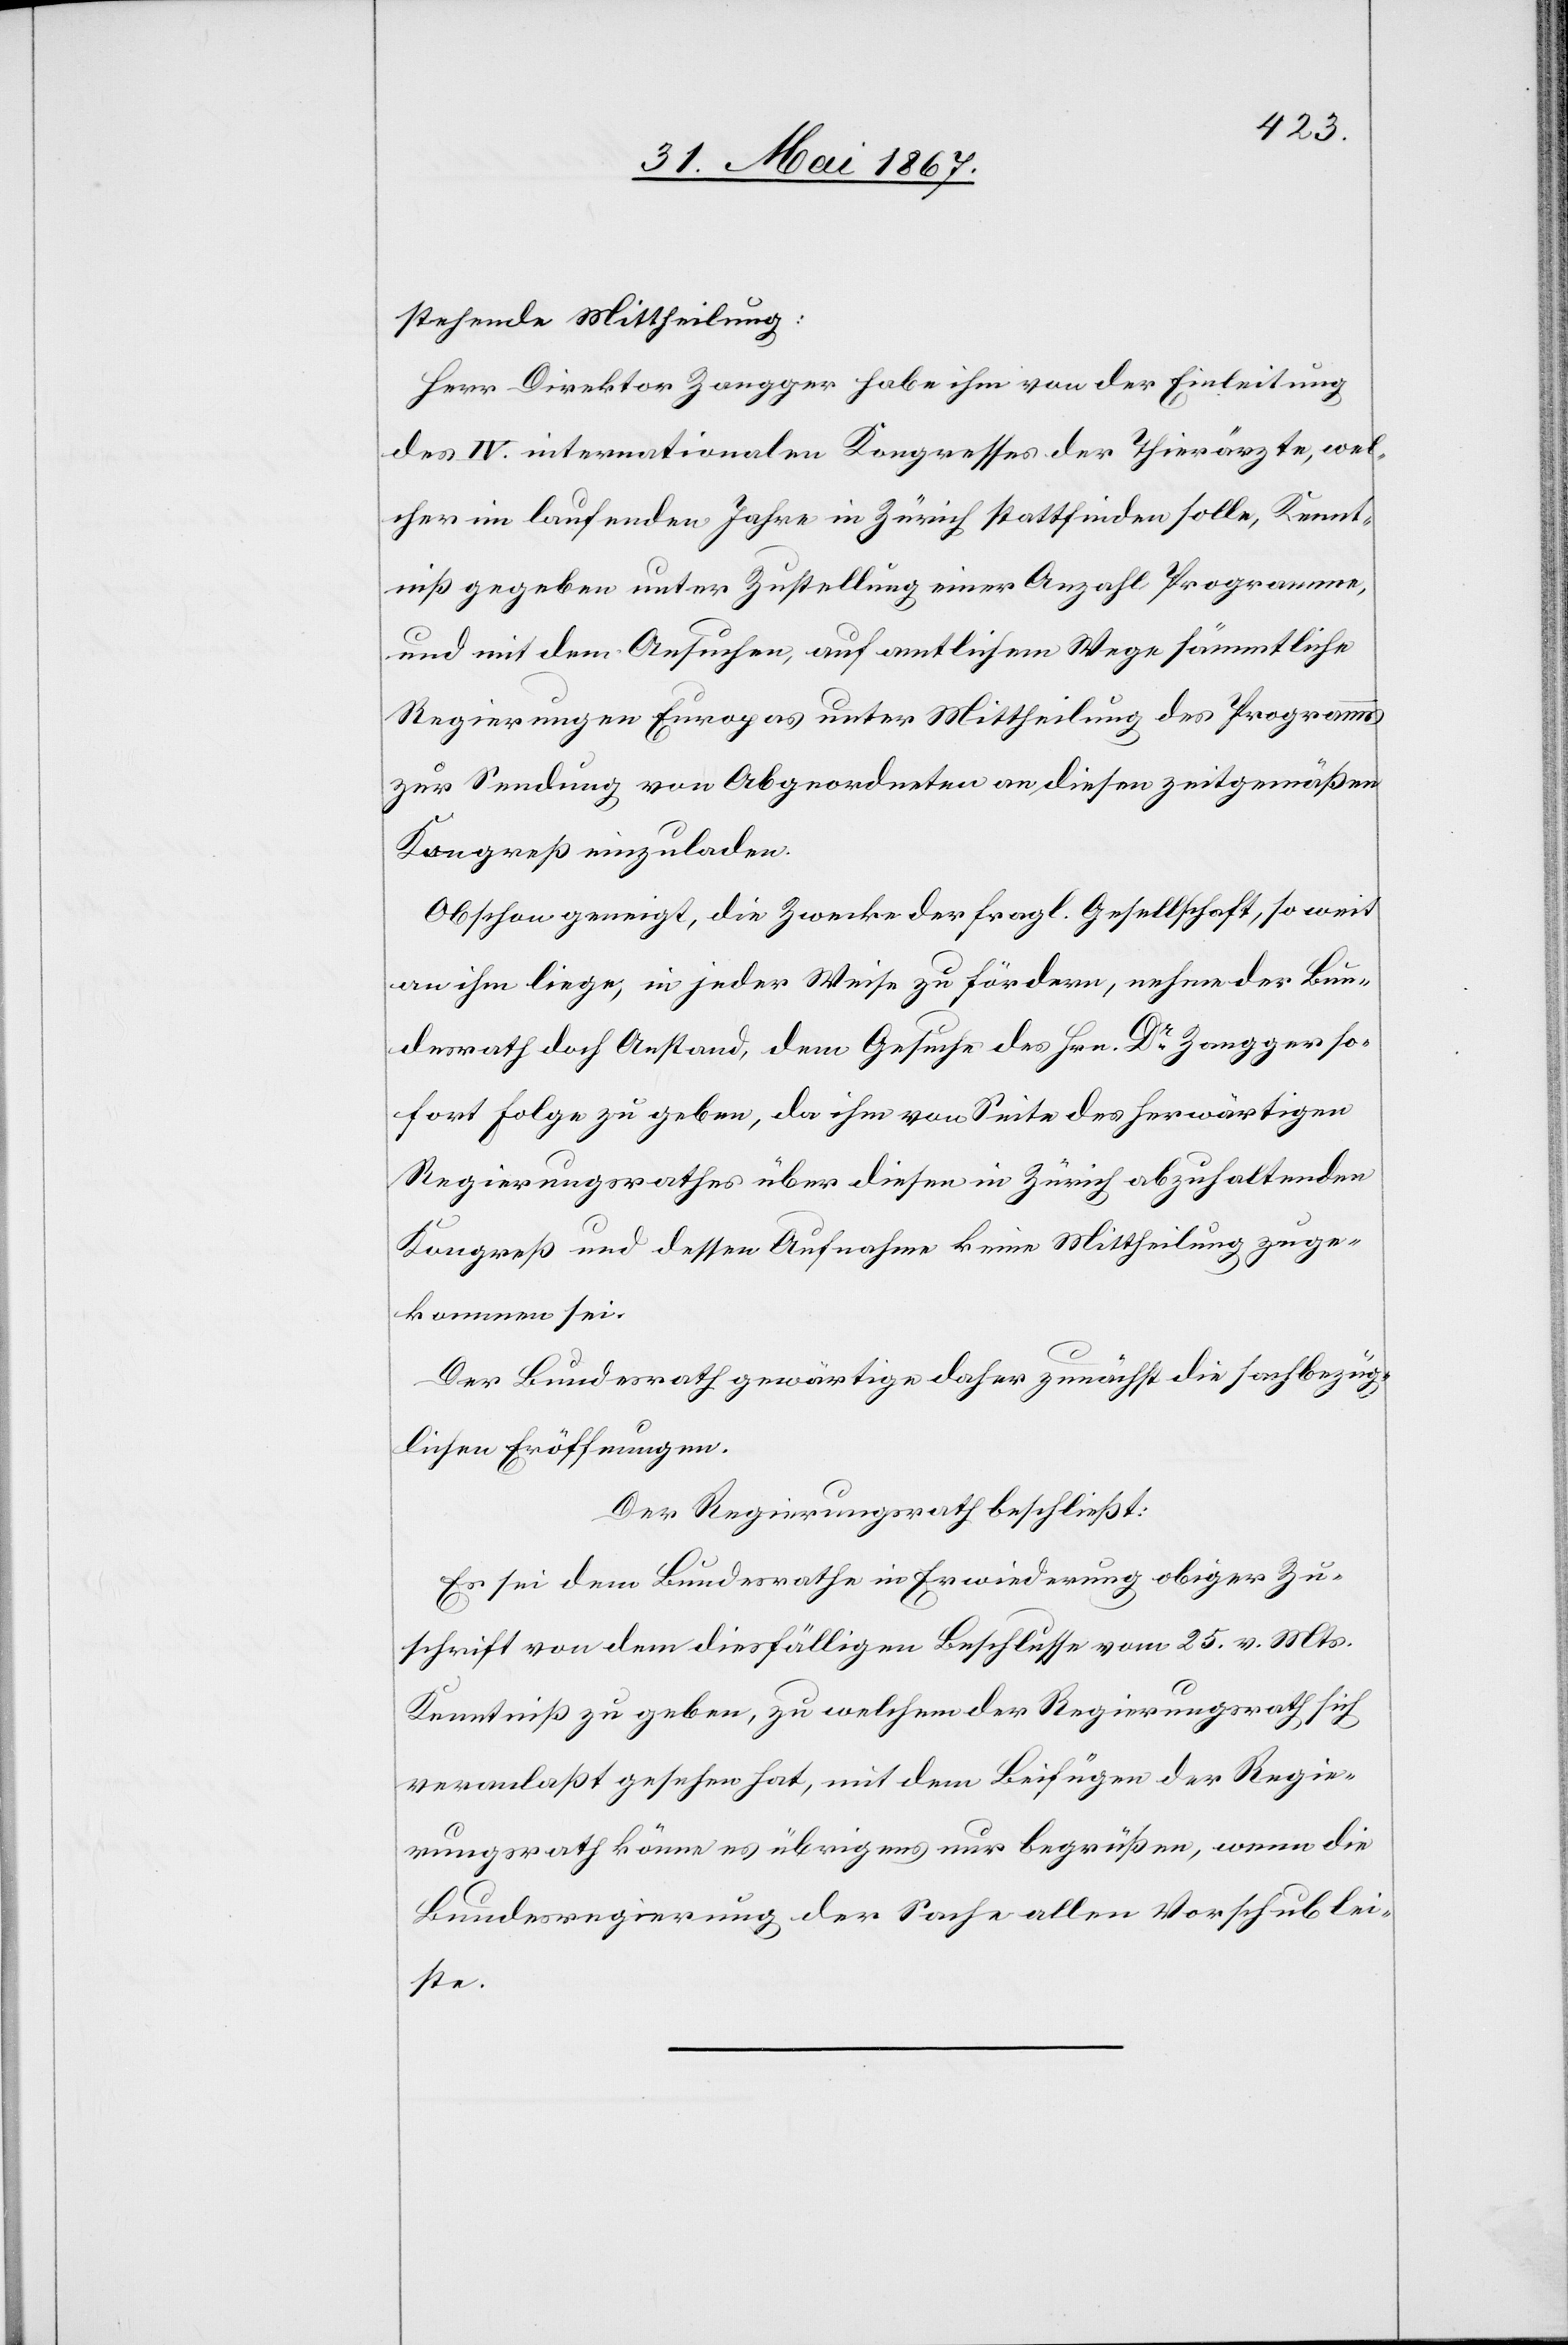
stehende Mittheilung:
Herr Direktor Zangger habe ihm von der Einleitung
des IV. internationalen Kongresses der Thierärzte, wel¬
cher im laufenden Jahre in Zürich stattfinden soll, Kennt¬
niß gegeben unter Zustellung einer Anzahl Programme,
und mit dem Ansuchen, auf amtlichem Wege sämmtliche
Regierungen Europas unter Mittheilung des Programms
zur Sendung von Abgeordneten an diesen zeitgemäßen
Kongreß einzuladen.
Obschon geneigt, die Zwecke der fragl. Gesellschaft, so weit
an ihm liege, in jeder Weise zu fördern, nehme der Bun¬
desrath doch Anstand, dem Gesuche des Hrn. Dr. Zangger so¬
fort Folge zu geben, da ihm von Seite des herwärtigen
Regierungsrathes über diesen in Zürich abzuhaltenden
Kongreß und dessen Aufnahme keine Mittheilung zuge¬
kommen sei.
Der Bundesrath gewärtige daher zunächst die sachbezüg¬
lichen Eröffnungen.
Der Regierungsrath beschließt:
Es sei dem Bundesrathe in Erwiederung obiger Zu¬
schrift von dem diesfälligen Beschlusse vom 25. v. Mts.
Kenntniß zu geben, zu welchem der Regierungsrath sich
veranlaßt gesehen hat, mit dem Beifügen der Regie¬
rungsrath könne es übrigens nur begrüßen, wenn die
Bundesregierung der Sache allen Vorschub lei¬
ste.